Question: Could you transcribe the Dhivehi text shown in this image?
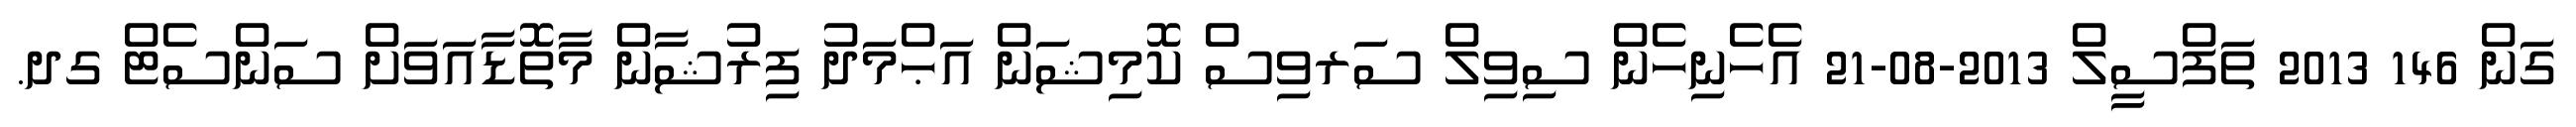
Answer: ގަން 146 2013 ތަފްސީލް 2013-08-21 އެހެނިހެން ސިވިލް ސަރވިސް ކޮމިޝަން އަޙްމަދު ފިރުޝާން މާތޮޑާއަވަށް ސަންސެޓް ގދ.